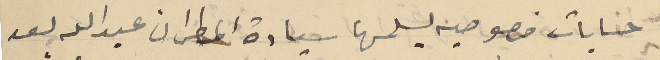
حسابات خصوصيه يسلمها سيادة المطران عبدالله بعد